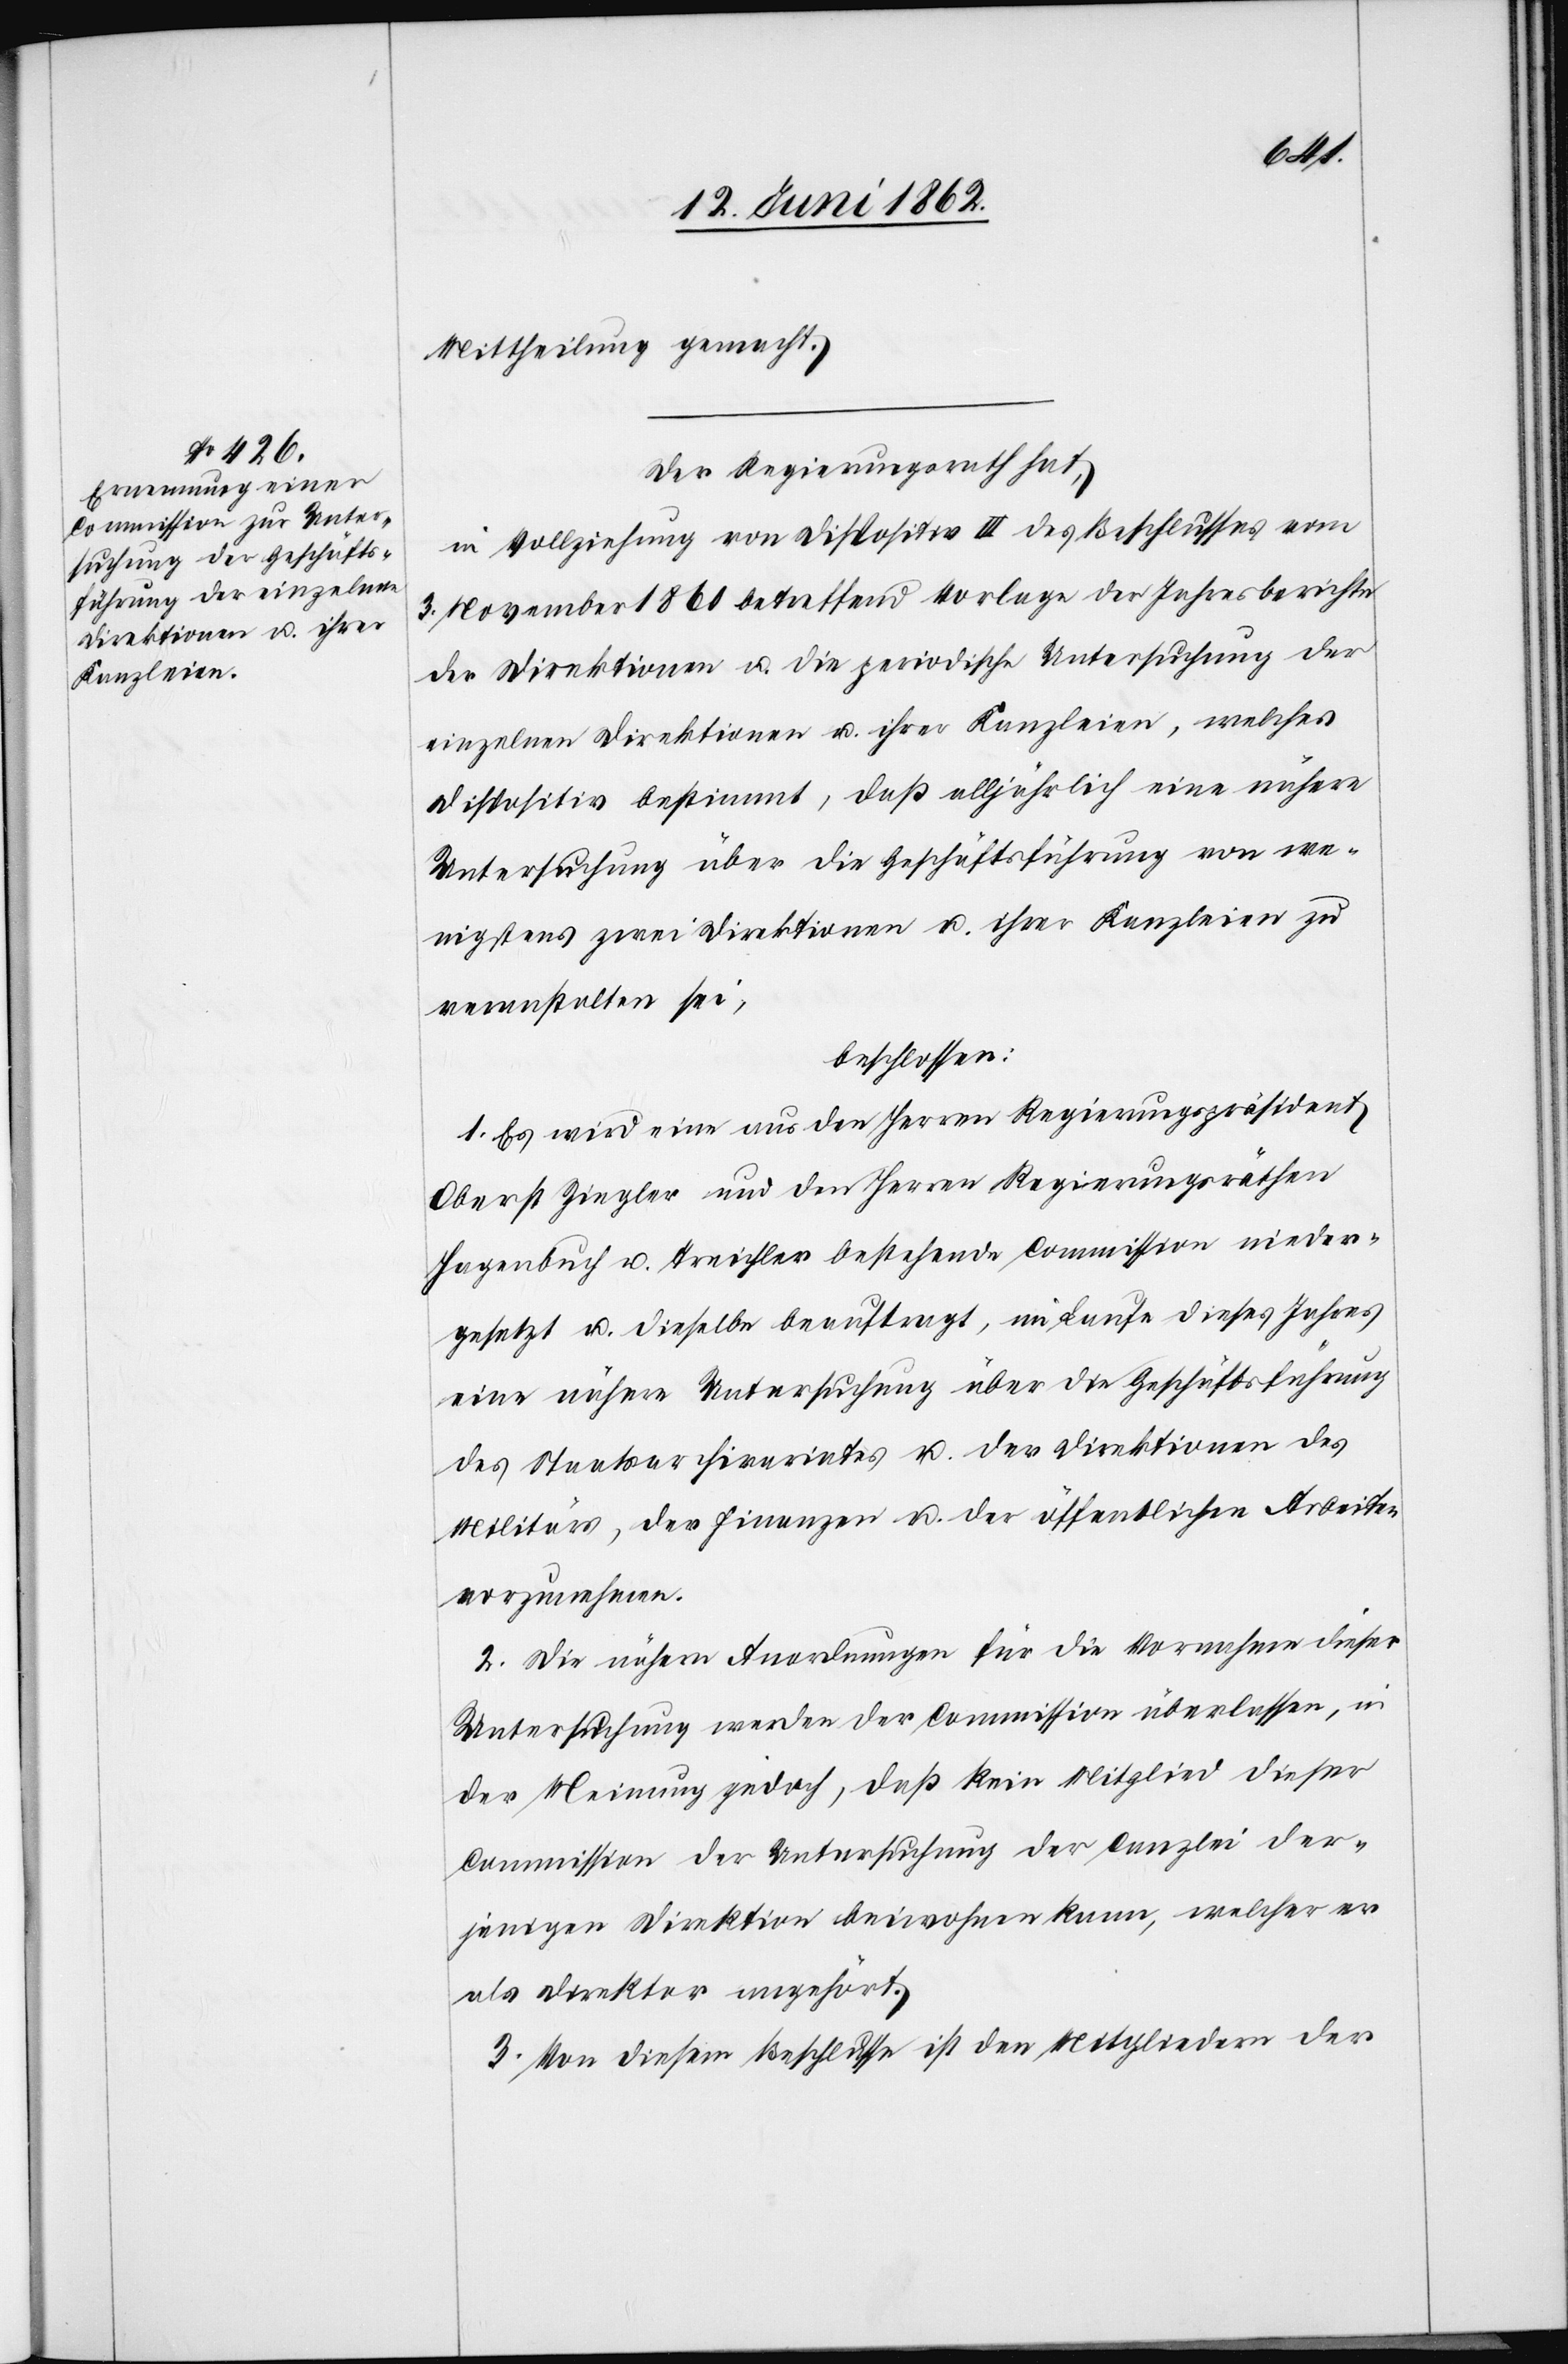
Mittheilung gemacht.
Der Regierungsrath hat,
in Vollziehung von Dispositiv III des Beschlusses vom
3. November 1861 betreffend Vorlage der Jahresberichte
der Direktionen u. die periodische Untersuchung der
einzelnen Direktionen u. ihrer Kanzleien, welches
Dispositiv bestimmt, daß alljährlich eine nähere
Untersuchung über die Geschäftsführung von we¬
nigstens zwei Direktionen u. ihrer Kanzleien zu
veranstalten sei,
beschlossen:
1. Es wird eine aus den Herren Regierungspräsident
Oberst Ziegler und den Herren Regierungsräthen
Hagenbuch u. Treichler bestehende Commission nieder¬
gesetzt u. dieselbe beauftragt, im Laufe dieses Jahres
eine nähere Untersuchung über die Geschäftsführung
des Staatsarchivariates u. der Direktionen des
Militärs, der Finanzen u. der öffentlichen Arbeiten
vorzunehmen.
2. Die nähern Anordnungen für die Vornahme dieser
Untersuchung werden der Commission überlassen, in
der Meinung jedoch, daß kein Mitglied dieser
Commission der Untersuchung der Canzlei der¬
jenigen Direktion beiwohnen kann, welcher er
als Direktor angehört.
3. Von diesem Beschlusse ist den Mitgliedern der